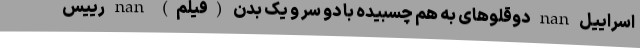
اسراییل nan دوقلوهای به هم چسبیده با دو سر و یک بدن (فیلم) nan رییس